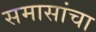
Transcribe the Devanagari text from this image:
समासांचा